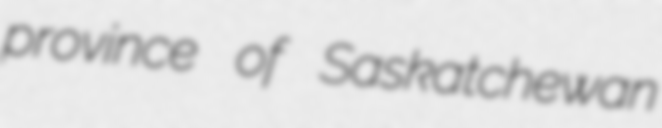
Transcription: province of Saskatchewan